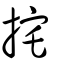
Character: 挓